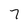
Character: 7